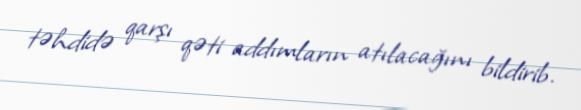
təhdidə qarşı qəti addımların atılacağını bildirib.